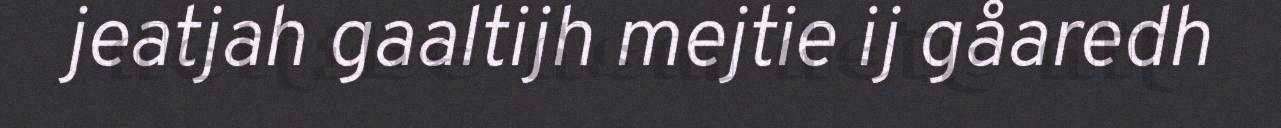
jeatjah gaaltijh mejtie ij gåaredh